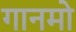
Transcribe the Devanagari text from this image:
गानमो